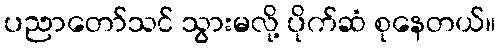
ပညာတော်သင် သွားမလို့ ပိုက်ဆံ စုနေတယ်။